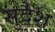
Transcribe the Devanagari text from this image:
सुदैश